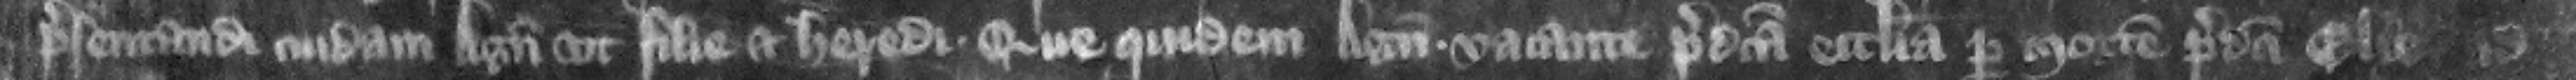
presentandi cuidam Agneti vt file et heredi que quidem Agnes vacante predicta ecclesia per mortem predicte Elie ad